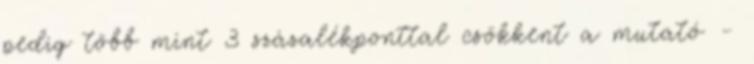
pedig több mint 3 százalékponttal csökkent a mutató -